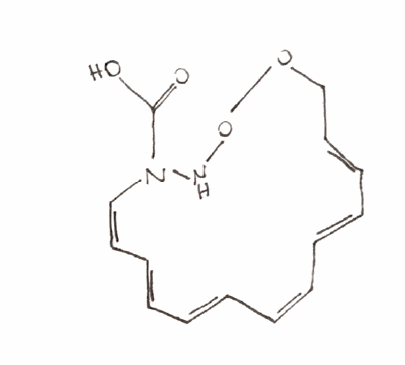
Simplified molecular-input line-entry system (SMILES) notation of the given molecule:
C1/C=C/C=C/C=C\C=C\C=C\C=C/N(NOO1)C(=O)O